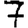
Digit: 7